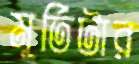
মূর্তিটার